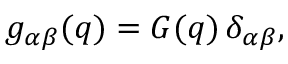
g _ { \alpha \beta } ( q ) = G ( q ) \, \delta _ { \alpha \beta } ,